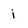
Character: i